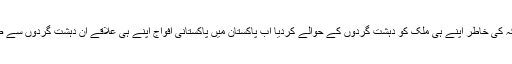
ایسا رکن ہے جس نے امریکہ کی خاطر اپنے ہی ملک کو دہشت گردوں کے حوالے کردیا اب پاکستان میں پاکستانی افواج اپنے ہی علاقے ان دہشت گردوں سے صاف کرواتے پھر رہے ہیں۔